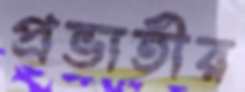
প্রভাতীর